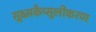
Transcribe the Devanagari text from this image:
सूक्ष्मकैप्सुलीकरण